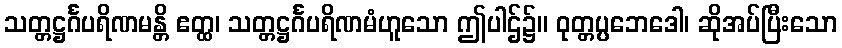
သတ္တဋ္ဌင်္ဂပရိဏမန္တိ ဧတ္ထ၊ သတ္တဋ္ဌင်္ဂပရိဏမံဟူသော ဤပါဌ်၌။ ဝုတ္တပ္ပဘေဒေါ၊ ဆိုအပ်ပြီးသော